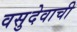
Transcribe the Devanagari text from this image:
वसुदेवाची